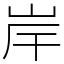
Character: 岸